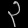
Digit: ၃